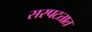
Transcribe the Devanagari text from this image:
सरपटतात